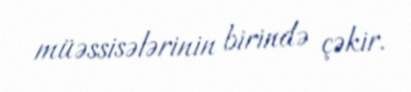
müəssisələrinin birində çəkir.